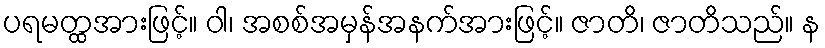
ပရမတ္ထအားဖြင့်။ ဝါ၊ အစစ်အမှန်အနက်အားဖြင့်။ ဇာတိ၊ ဇာတိသည်။ န